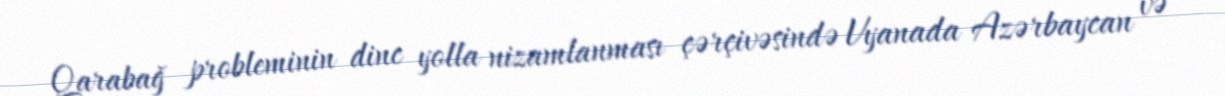
Qarabağ probleminin dinc yolla nizamlanması çərçivəsində Vyanada Azərbaycan və